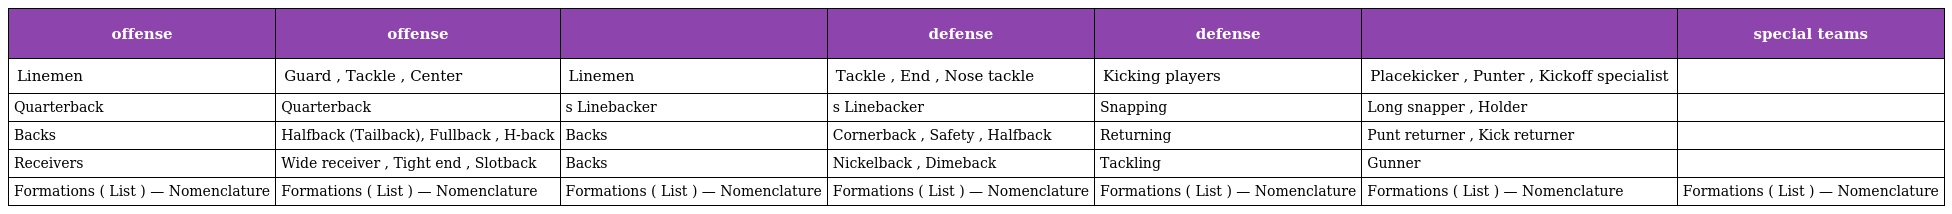
| offense | offense |  | defense | defense |  | special teams |
 | --- | --- | --- | --- | --- | --- | --- |
 | Linemen | Guard , Tackle , Center | Linemen | Tackle , End , Nose tackle | Kicking players | Placekicker , Punter , Kickoff specialist |  |
 | Quarterback | Quarterback | s Linebacker | s Linebacker | Snapping | Long snapper , Holder |  |
 | Backs | Halfback (Tailback), Fullback , H-back | Backs | Cornerback , Safety , Halfback | Returning | Punt returner , Kick returner |  |
 | Receivers | Wide receiver , Tight end , Slotback | Backs | Nickelback , Dimeback | Tackling | Gunner |  |
 | Formations ( List ) — Nomenclature | Formations ( List ) — Nomenclature | Formations ( List ) — Nomenclature | Formations ( List ) — Nomenclature | Formations ( List ) — Nomenclature | Formations ( List ) — Nomenclature | Formations ( List ) — Nomenclature |